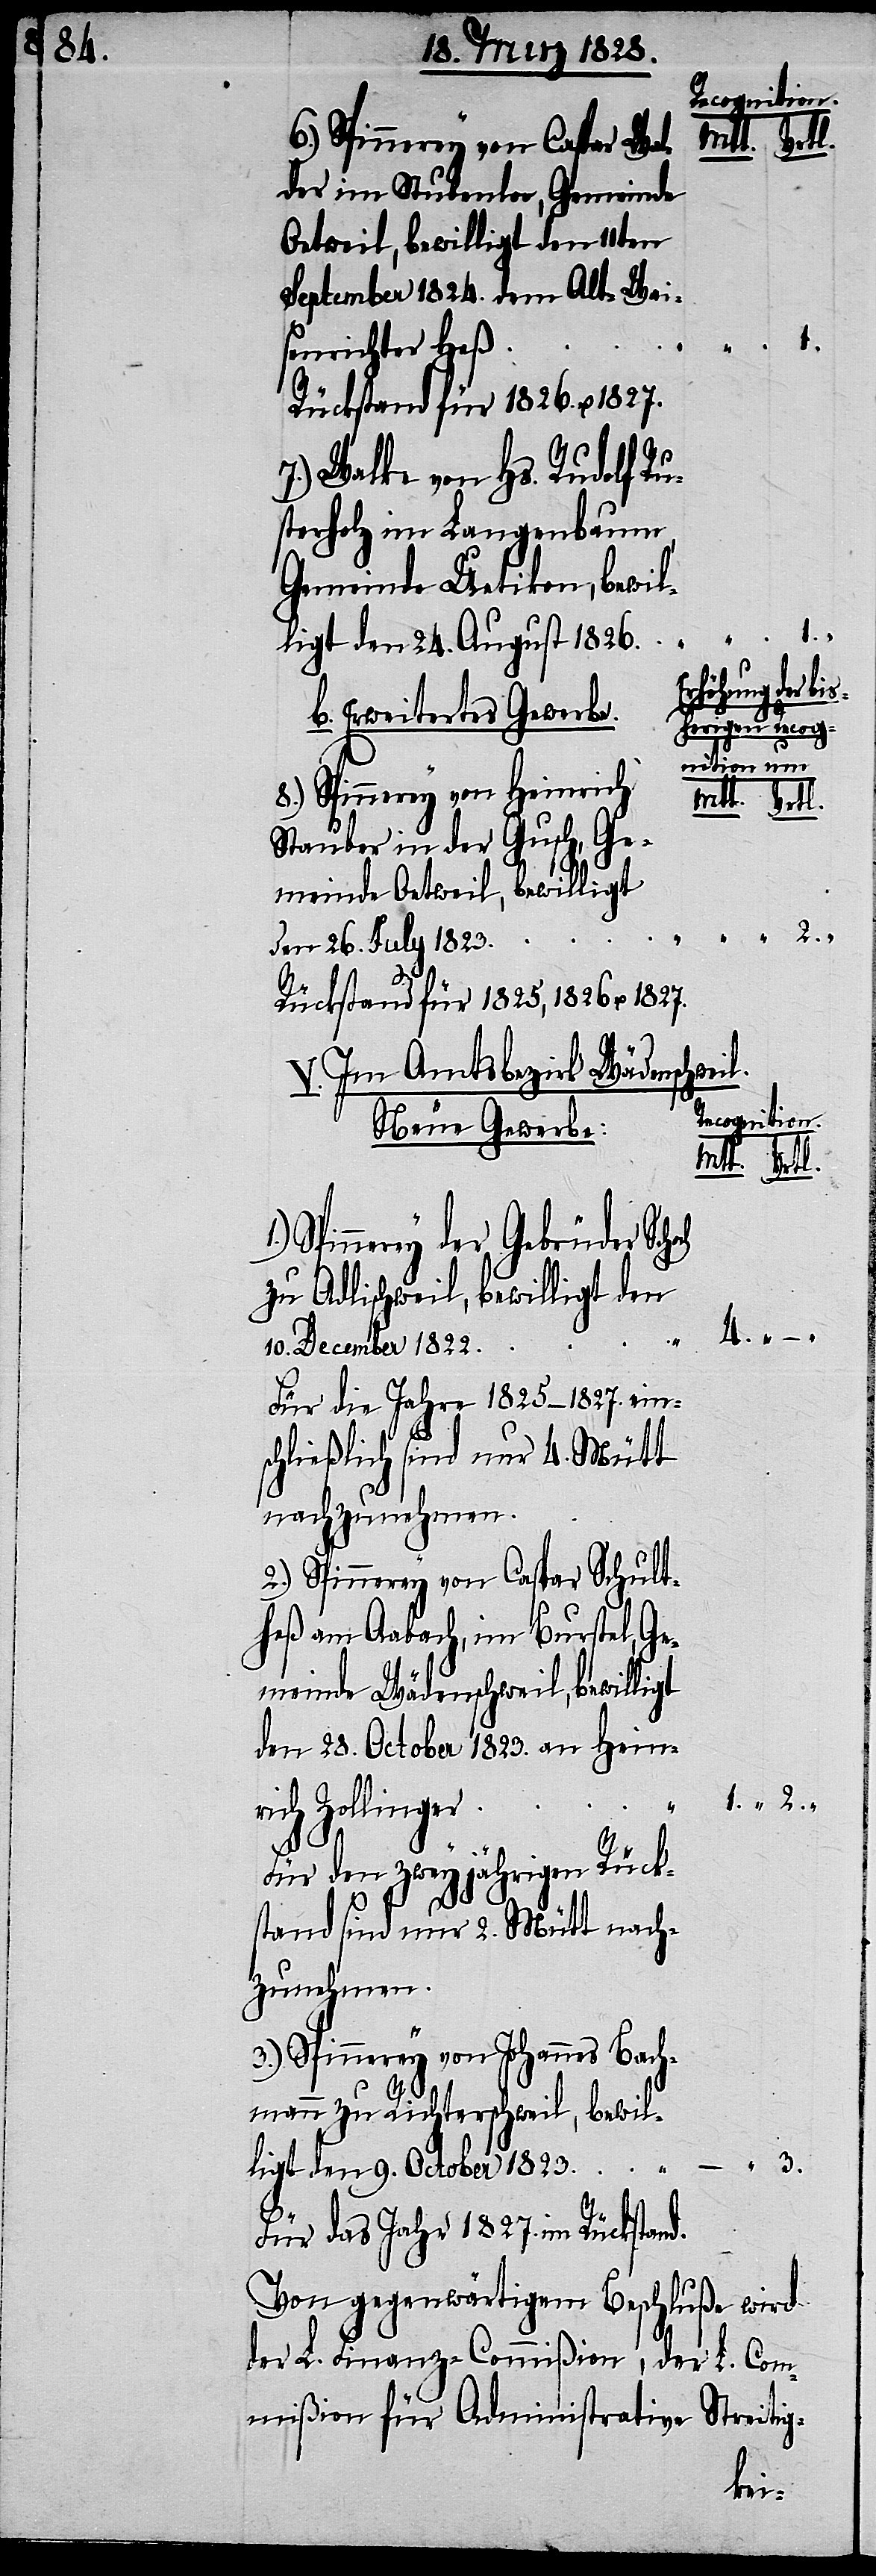
1.) Spinnerey der Gebrüder
der im Stubenloo, Gemeinde
Oetweil, bewilligt den 11ten
September 1824. dem Alt-Wai¬
1.
–
2.
senrichter Heß.
7.) Walke von Hs. Rudolf Ru¬
sterholz im Langenbaum,
Gemeinde Uetikon, bewil¬
ligt den 24. August 1826.
Erhöhung der
b. Erweitertes Gewerbe
herigen Recog¬
nition um
8.) Spinnerey von Heinrich
Stauber in der Gusch, Ge¬
meinde Oetweil, bewilligt
den 26. July 1823.
Rückstand für 1825, 1826 u. 1827.
V. Im Amtsbezirk Wädenschweil.
Recognition
Neue Gewerbe:
zu Adlischweil, bewilligt den
2.
10. December 1822.
Für die Jahre 1825–1827. ein¬
schließlich sind nur 4. Mütt
nachzunehmen.
2.) Spinnerey von Caspar Schult¬
heß am Aabach, im Burstal, Ge¬
meinde Wädenschweil, bewilligt
den 28. October 1823. an Heinr¬
ich Zollinger.
Für den zweyjährigen Rück¬
stand sind nur 2. Mütt nach¬
zunehmen.
3.) Spinnerey von Johannes Bach¬
mann zu Richterschweil, bewil¬
ligt den 9. October 1823.
Für das Jahr 1827. im Rückstand.
Von gegenwärtigem Beschluße wird
der L. Finanz-Commißion, der L. Com¬
mißion für Administrative Streitig-
bis¬